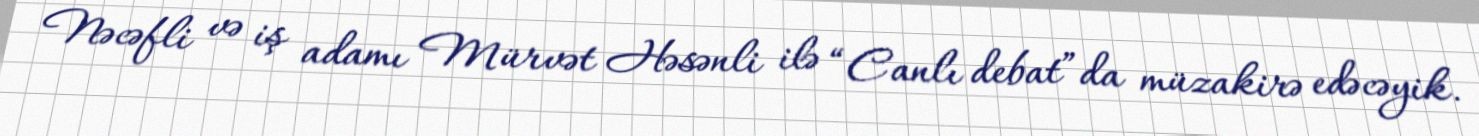
Nəcəfli və iş adamı Mürvət Həsənli ilə “Canlı debat”da müzakirə edəcəyik.